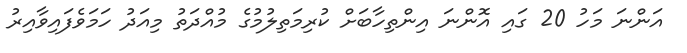
އަންނަ މަހު 20 ގައި އޮންނަ އިންތިހާބަށް ކުރިމަތިލުމުގެ މުއްދަތު މިއަދު ހަމަވެފައިވާއިރު